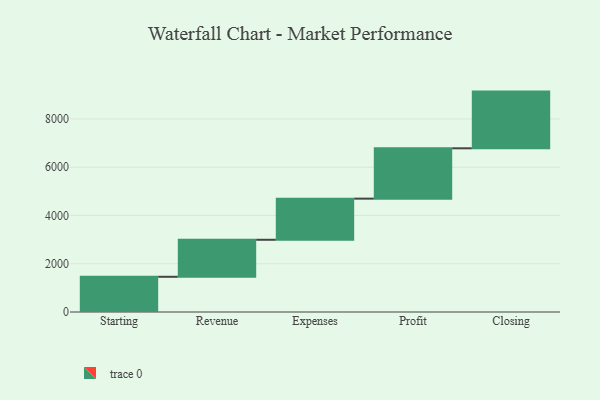
{"axis": {"x": "Step", "y": "Value"}, "legend": [""], "data": [{"x": "Starting", "y": 1459.0, "type": ""}, {"x": "Revenue", "y": 1534.0, "type": ""}, {"x": "Expenses", "y": 1705.0, "type": ""}, {"x": "Profit", "y": 2086.0, "type": ""}, {"x": "Closing", "y": 2350.0, "type": ""}]}